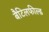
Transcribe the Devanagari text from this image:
बैटिलफील्ड